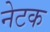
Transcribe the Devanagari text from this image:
नेटक